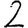
Digit: 2